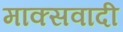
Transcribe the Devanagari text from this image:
माक्सवादी